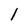
Character: l